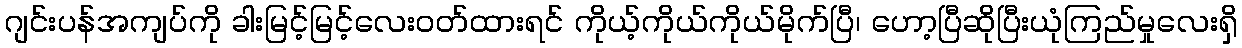
ဂျင်းပန်အကျပ်ကို ခါးမြင့်မြင့်လေးဝတ်ထားရင် ကိုယ့်ကိုယ်ကိုယ်မိုက်ပြီ၊ ဟော့ပြီဆိုပြီးယုံကြည်မှုလေးရှိ